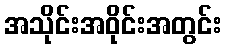
အသိုင်းအဝိုင်းအတွင်း